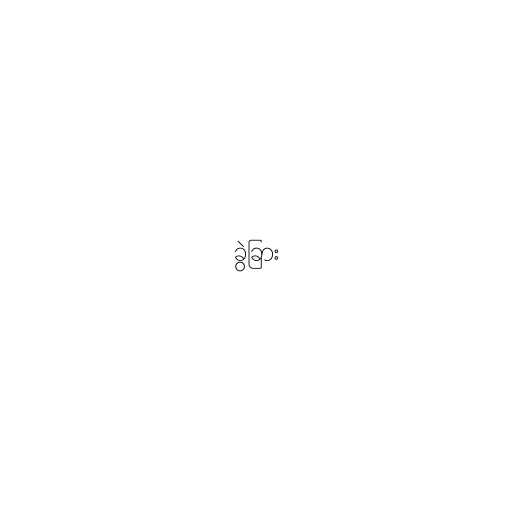
ခွဲခြား